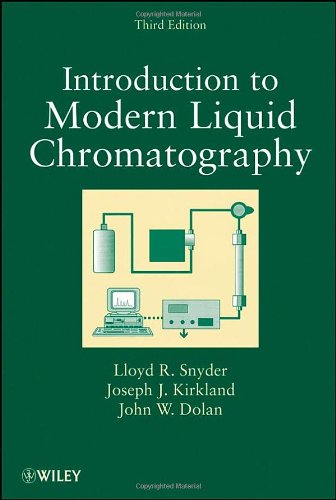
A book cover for Introduction to Modern Liquid Chromatography; Lloyd R. Snyder; Science & Math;